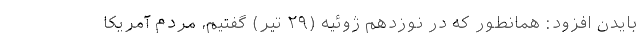
بایدن افزود: همانطور که در نوزدهم ژوئیه (۲۹ تیر) گفتیم، مردم آمریکا